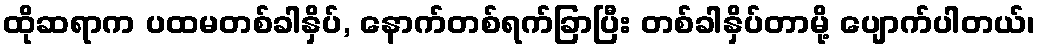
ထိုဆရာက ပထမတစ်ခါနှိပ်, နောက်တစ်ရက်ခြာပြီး တစ်ခါနှိပ်တာမို့ ပျောက်ပါတယ်၊